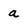
Character: a